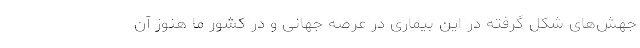
جهش‌های شکل گرفته در این بیماری در عرصه جهانی و در کشور ما هنوز آن